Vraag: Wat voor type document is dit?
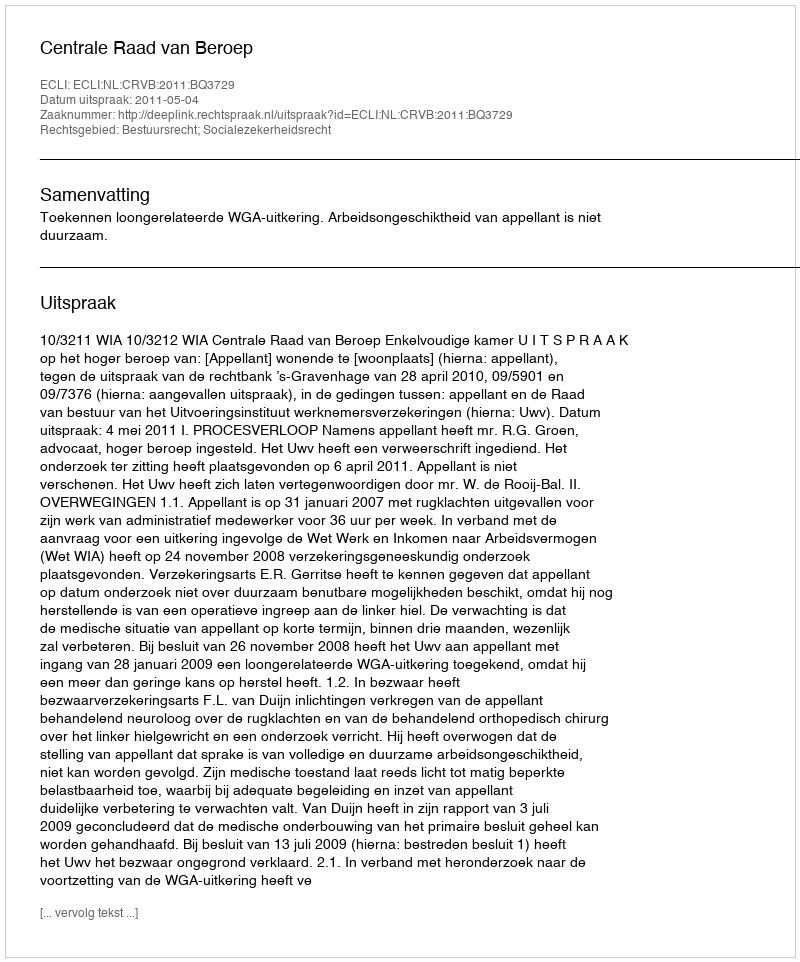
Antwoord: Uitspraak